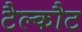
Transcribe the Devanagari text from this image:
टैल्कौट